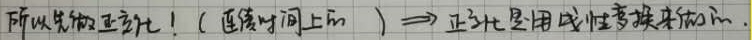
所以先做正变换！（连续时间上的）$\Longrightarrow$ 正变换是用线性变换来做的.